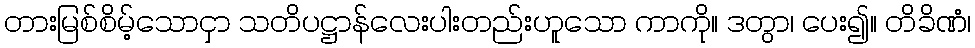
တားမြစ်စိမ့်သောငှာ သတိပဋ္ဌာန်လေးပါးတည်းဟူသော ကာကို။ ဒတွာ၊ ပေး၍။ တိခိဏံ၊